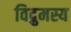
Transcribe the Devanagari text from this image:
विद्रुमस्य